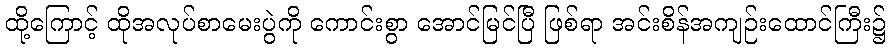
ထို့ကြောင့် ထိုအလုပ်စာမေးပွဲကို ကောင်းစွာ အောင်မြင်ပြီ ဖြစ်ရာ အင်းစိန်အကျဉ်းထောင်ကြီး၌